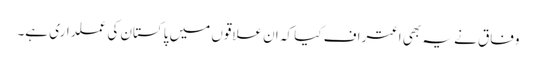
وفاق نے یہ بھی اعتراف کیا کہ ان علاقوں میں پاکستان کی عملداری ہے۔